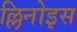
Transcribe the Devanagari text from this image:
ल्लिनोइस